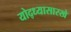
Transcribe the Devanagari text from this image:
योद्ध्यासारखे